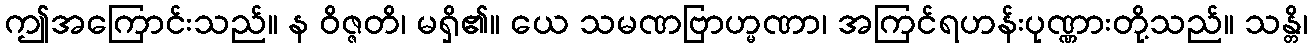
ဤအကြောင်းသည်။ န ဝိဇ္ဇတိ၊ မရှိ၏။ ယေ သမဏဗြာဟ္မဏာ၊ အကြင်ရဟန်းပုဏ္ဏားတို့သည်။ သန္တိ၊